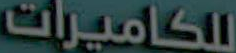
للكاميرات